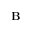
\textbf { B }